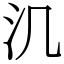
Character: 㲹